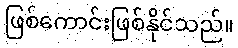
ဖြစ်ကောင်းဖြစ်နိုင်သည်။